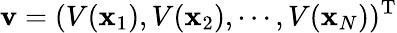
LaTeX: \mathbf{v}=(V(\mathbf{x}_{1}),V(\mathbf{x}_{2}),\cdots,V(\mathbf{x}_{N}))^{\mathrm{T}}